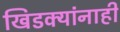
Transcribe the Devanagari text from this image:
खिडक्यांनाही